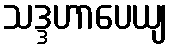
သဒ္ဒဟာပေယျ